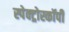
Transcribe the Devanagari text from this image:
स्पेक्ट्रोस्कॉपी